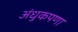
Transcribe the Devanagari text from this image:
अंधुकपणा